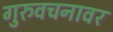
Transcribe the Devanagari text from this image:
गुरुवचनावर